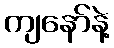
ကျနော်နဲ့